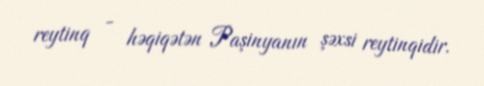
reytinq - həqiqətən Paşinyanın şəxsi reytinqidir.